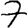
Digit: 7